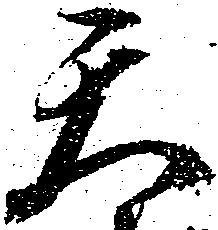
天